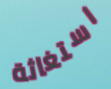
استغاثة